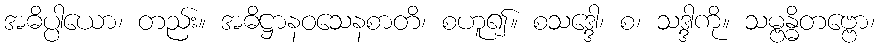
အဓိပ္ပါယော၊ တည်း။ အဓိဋ္ဌာနဝသေနစာတိ၊ စဟူ၍။ စသဒ္ဒေါ၊ စ၊ သဒ္ဒါကို။ သမ္ဗန္ဓိတဗ္ဗော၊